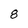
Character: 8